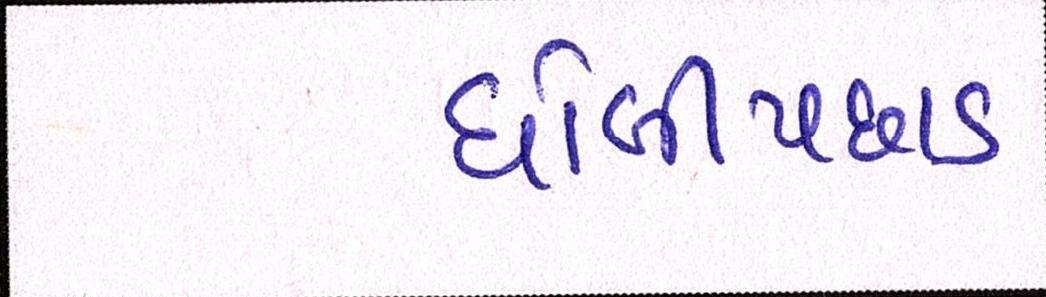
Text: ધોબીપછાડ